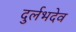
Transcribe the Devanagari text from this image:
दुर्लभदेव